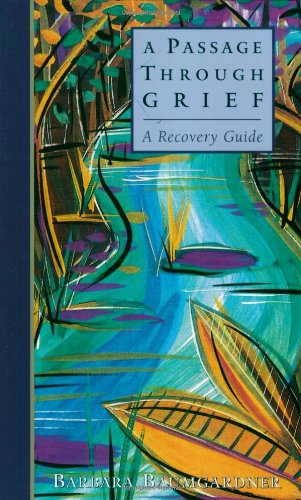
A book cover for A Passage Through Grief: A Recovery Guide; Barbara Baumgardner; Christian Books & Bibles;